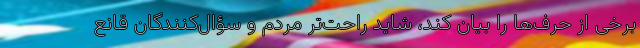
برخی از حرف‌ها را بیان کند، شاید راحت‌تر مردم و سؤال‌کنندگان قانع